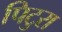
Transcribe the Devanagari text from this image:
पिटुरा